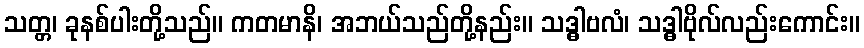
သတ္တ၊ ခုနစ်ပါးတို့သည်။ ကတမာနိ၊ အဘယ်သည်တို့နည်း။ သဒ္ဓါဗလံ၊ သဒ္ဓါဗိုလ်လည်းကောင်း။